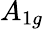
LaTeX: A_{1g}